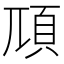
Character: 䪲